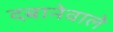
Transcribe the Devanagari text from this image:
दबानेवाले